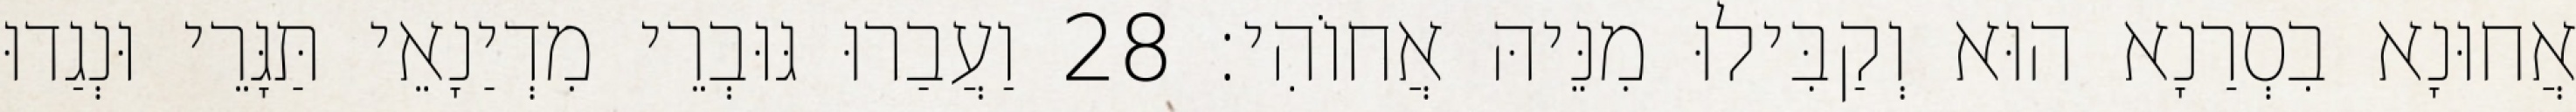
אֲחוּנָא בִסְרַנָא הוּא וְקַבִּילוּ מִנֵּיהּ אֲחוֹהִי׃ 28 וַעֲבַרוּ גּוּבְרֵי מִדְיַנָאֵי תַּגָּרֵי וּנְגַדוּ